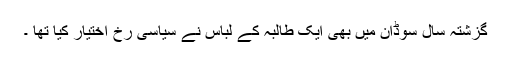
گزشتہ سال سوڈان میں بھی ایک طالبہ کے لباس نے سیاسی رخ اختیار کیا تھا ۔